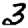
Digit: 3